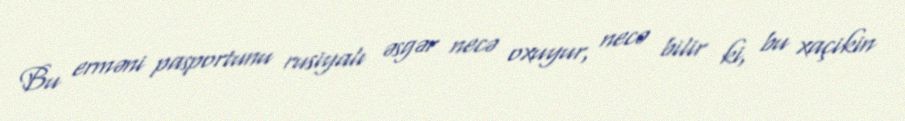
Bu erməni pasportunu rusiyalı əsgər necə oxuyur, necə bilir ki, bu xaçikin